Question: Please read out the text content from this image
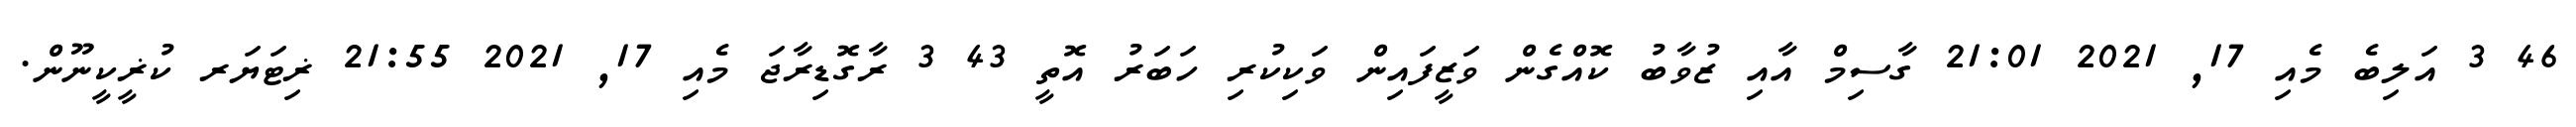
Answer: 46 3 އަލިބެ މެއި 17, 2021 21:01 ގާސިމް އާއި ޒުވާބު ކޮއްގެން ވަޒީފައިން ވަކިކުރި ހަބަރު އޮތީ 43 3 ރާގޮޑިރާޖަ މެއި 17, 2021 21:55 ޜިޓަޔަރ ކުޜީކީނޫން.